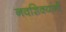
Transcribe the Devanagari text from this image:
नवशिक्यांनी